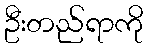
ဦးတည်ရာကို